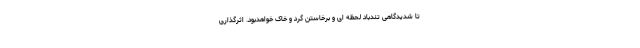
تا شدیدگاهی تندباد لحظه ای و برخاستن گرد و خاک خواهدبود. اثرگذاری